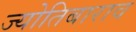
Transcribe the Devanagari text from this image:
ज्योतिबाराव